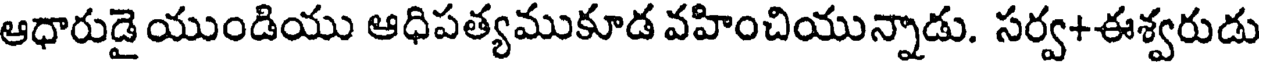
ఆధారుడై యుండియు ఆధిపత్యముకూడ వహించియున్నాడు. సర్వ+ఈశ్వరుడు